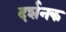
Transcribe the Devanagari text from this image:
दर्शनक